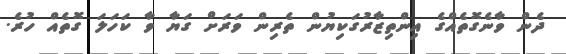
ދެން ވާނެގޮތެއްގެ އިންތިޒާރުގަކިޔުން ތެރިން ވަރަށް ގަޔާ ވާ ކަހަލަ ގޮތެއް ހުރެ.